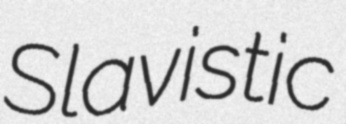
Slavistic